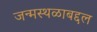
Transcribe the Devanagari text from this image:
जन्मस्थळाबद्दल